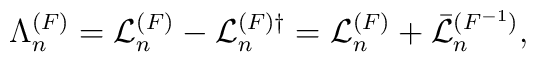
\Lambda_n^{(F)}= {\cal L}_n^{(F)}-{\cal L}_n^{(F)\dagger}={\cal L}_n^{(F)}+  \bar{\cal L}_n^{(F^{-1})},